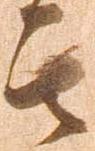
其